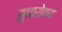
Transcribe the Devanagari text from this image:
सुधारोपाय